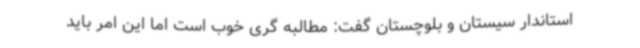
استاندار سیستان و بلوچستان گفت: مطالبه گری خوب است اما این امر باید